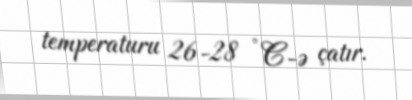
temperaturu 26-28 °C-ə çatır.